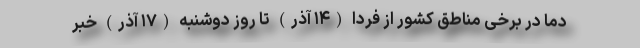
دما در برخی مناطق کشور از فردا (۱۴ آذر) تا روز دوشنبه (۱۷ آذر) خبر